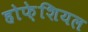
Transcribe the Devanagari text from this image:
होफ़ेशियल